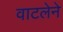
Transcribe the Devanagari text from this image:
वाटलेने